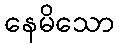
နေမိသော